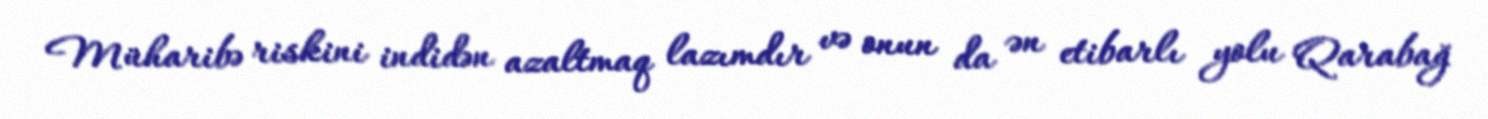
Müharibə riskini indidən azaltmaq lazımdır və onun da ən etibarlı yolu Qarabağ